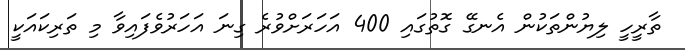
ތާރީހީ ލިޔުންތަކުން އެނގޭ ގޮތުގައި 400 އަހަރަށްވުރެ ގިނަ އަހަރުވެފައިވާ މި ތަރިކައަކީ